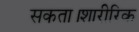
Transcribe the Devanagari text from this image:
सकता।शारीरिक